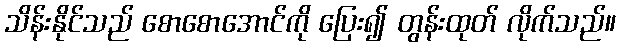
သိန်းနိုင်သည် စောစောအောင်ကို ပြေး၍ တွန်းထုတ် လိုက်သည်။